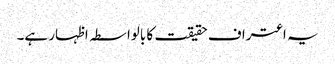
یہ اعتراف حقیقت کا بالواسطہ اظہار ہے۔